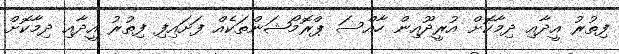
ފިތުރު އީދާއި ދިމާކޮށް އުރީދޫއިން ހާއްސަ ޕްރޮމޯޝަންތަކެއް ފަށައިފި ފިތުރު އީދާއި ދިމާކޮށް